Civil Veterinary Department. Madras. Admin. report 1910-25 - 1910-1925
Year: 1910
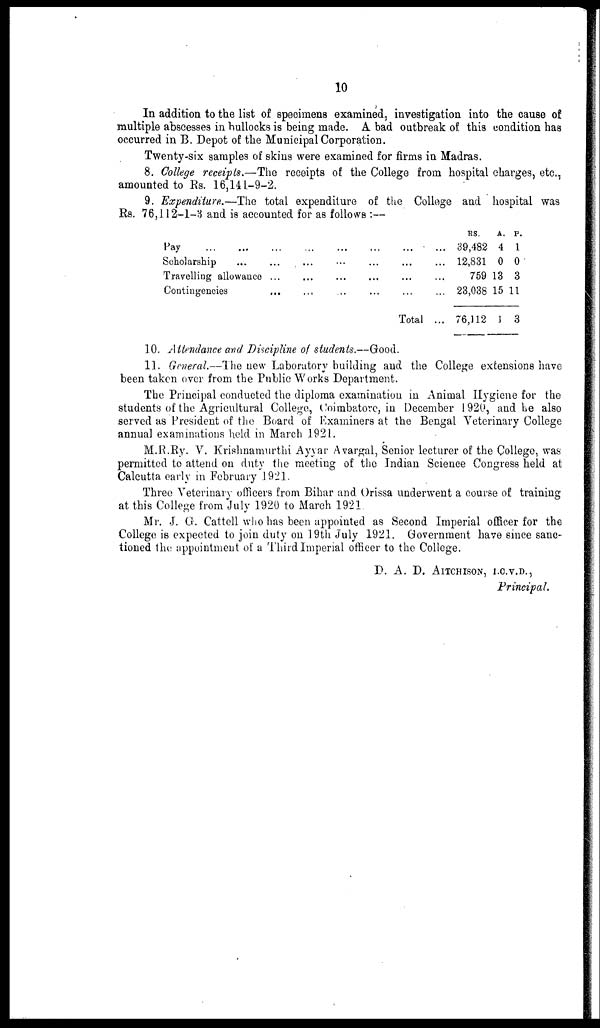
10
In addition to the list of specimens examined, investigation into the cause of
multiple abscesses in bullocks is being made. A bad outbreak of this condition has
occurred in B. Depot of the Municipal Corporation.
Twenty-six samples of skins were examined for firms in Madras.
8. College receipts.—The receipts of the College from hospital charges, etc.,
amounted to Rs. 16,141-9-2.
9. Expenditure.—The total expenditure of the College and hospital was
Rs. 76,112-1-3 and is accounted for as follows :—
Pay
...
...
Scholarship ...
Travelling allowance
Contingencies
...
...
...
...
...
...
...
...
...
...
...
...
...
...
...
...
...
...
...
...
Total
...
...
...
...
...
RS.
A. P.
39,482 4 1
12,831 0 0
759 13 3
23,038 15 11
76,112 1 3
10. Attendance and Discipline of students.—Good.
11. General.—The new Laboratory building and the College extensions have
been taken over from the Public Works Department.
The Principal conducted the diploma examination in Animal Hygiene for the
students of the Agricultural College, Coimbatore, in December 1920, and he also
served as President of the Board of Examiners at the Bengal Veterinary College
annual examinations held in March 1921.
M.R.Ry. V. Krishnamurthi Ayyar Avargal, Senior lecturer of the College, was
permitted to attend on duty the meeting of the Indian Science Congress held at
Calcutta early in February 1921.
Three Veterinary officers from Bihar and Orissa underwent a course of training
at this College from July 1920 to March 1921.
Mr. J. G. Cattell who has been appointed as Second Imperial officer for the
College is expected to join duty on 19th July 1921. Government have since sanc-
tioned the appointment of a Third Imperial officer to the College.
D. A. D. AITCHISON, I.C.V.D.,
Principal.